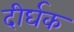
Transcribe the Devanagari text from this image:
दीर्घक